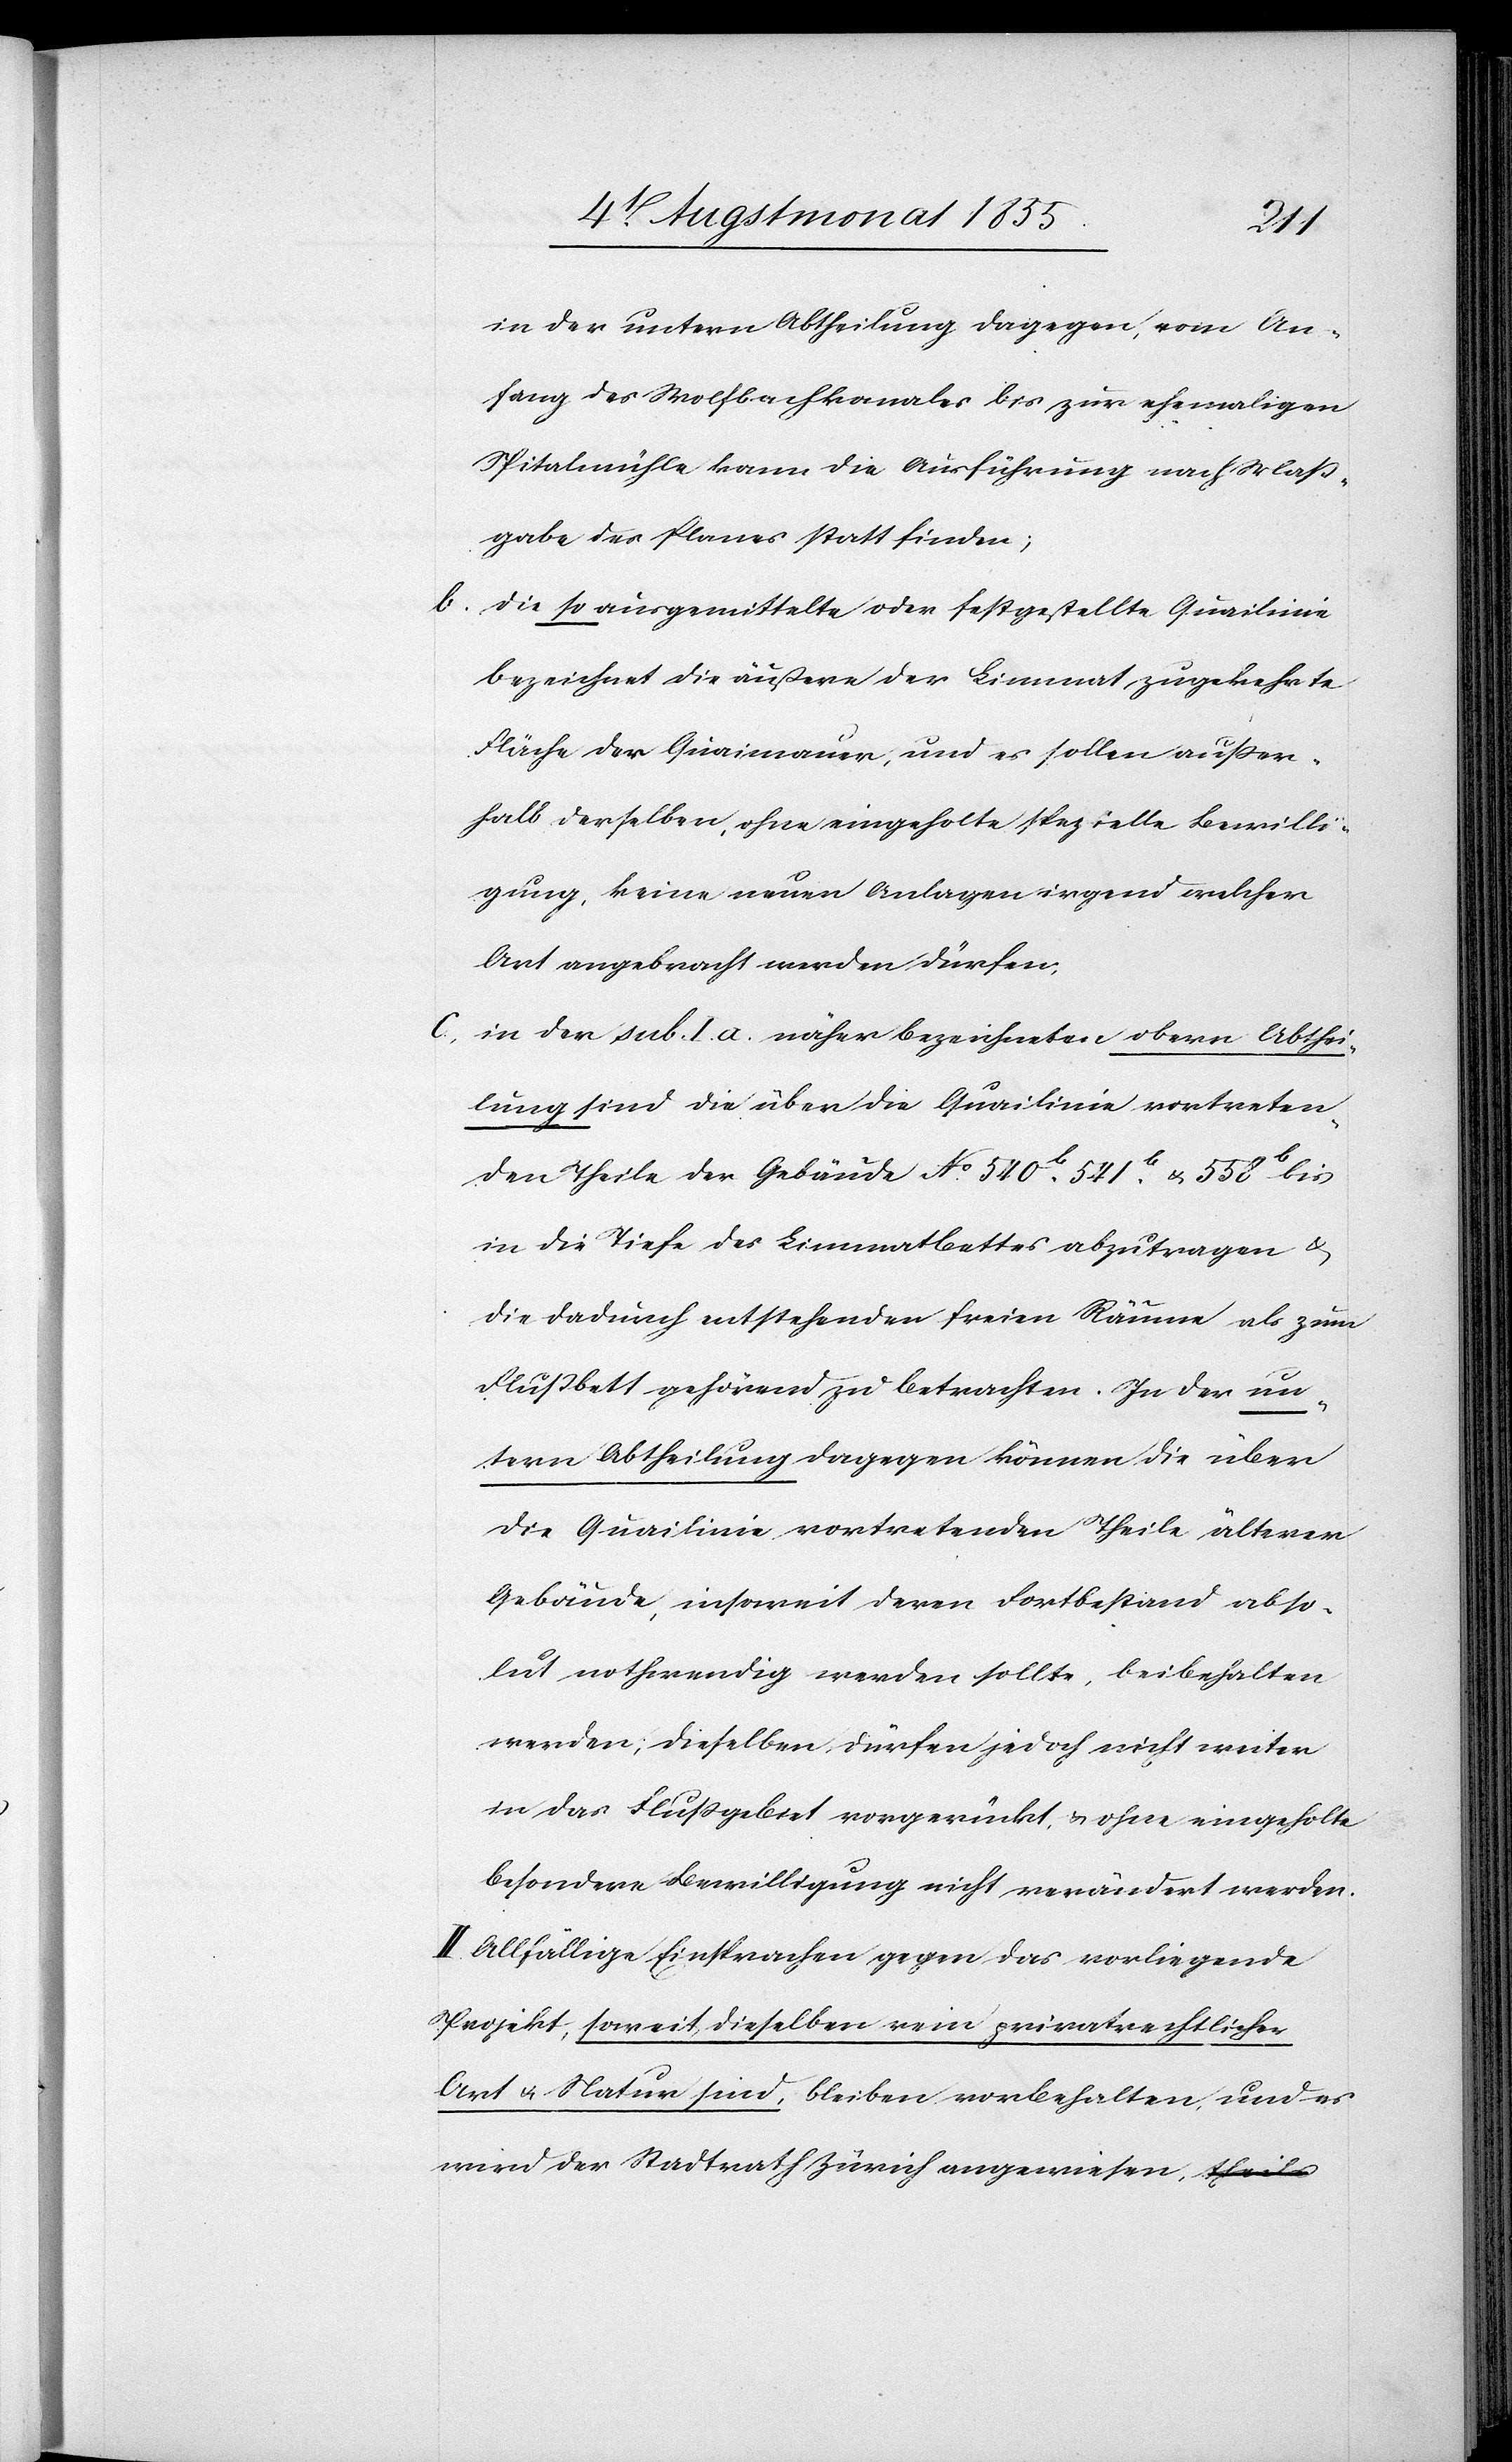
b.

in der untern Abtheilung dagegen, vom An¬
fang des Wolfbachkanales bis zur ehemaligen
Spitalmühle kann die Ausführung nach Maß¬
gabe des Planes statt finden;
die so ausgemittelte oder festgestellte Quailinie
bezeichnet die äußere der Limmat zugekehrte
Fläche der Quaimauer, und es sollen außer¬
halb derselben, ohne eingeholte spezielle Bewilli¬
gung, keine neuen Anlagen irgend welcher
Art angebracht werden dürfen,
in der sub I. a. näher bezeichneten obern Abthei¬
lung sind die über die Quailinie vortreten¬
den Theile der Gebäude No. 540b. 541b. & 558b bis
in die Tiefe des Limmatbettes abzutragen &
die dadurch entstehenden freien Räume als zum
Flußbett gehörend zu betrachten. In der un¬
tern Abtheilung dagegen können die über
die Quailinie vortretenden Theile älterer
Gebäude, insoweit deren Fortbestand abso¬
lut nothwendig werden sollte, beibehalten
werden; dieselben dürfen jedoch nicht weiter
in das Flußgebiet vorgerückt, & ohne eingeholte
besondere Bewilligung nicht verändert werden.
II. Allfällige Einsprachen gegen das vorliegende
Projekt, soweit dieselben rein privatrechtlicher
Art & Natur sind, bleiben vorbehalten, und es
wird der Stadtrath Zürich angewiesen, a-theils-a